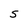
Character: S